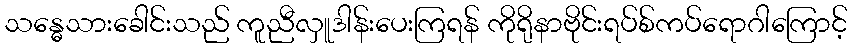
သန္ဓေသားခေါင်းသည် ကူညီလှူဒါန်းပေးကြရန် ကိုရိုနာဗိုင်းရပ်စ်ကပ်ရောဂါကြောင့်